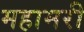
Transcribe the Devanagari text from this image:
महामरी